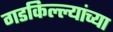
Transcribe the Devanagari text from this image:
गडकिल्ल्यांच्या